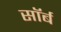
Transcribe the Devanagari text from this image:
सॉर्ब